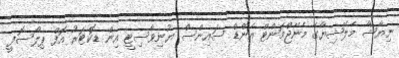
ނިޔާޝާ މެލޭޝިޔާގެ މެނޭޖްމަންޓް އެންޑް ސައިންސް ޔުނިވާސިޓީ އިން ޑޮކްޓަރު އޮފް ޕިލޯސޮފީ